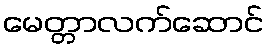
မေတ္တာလက်ဆောင်